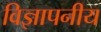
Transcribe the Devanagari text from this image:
विज्ञापनीय